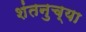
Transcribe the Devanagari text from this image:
शंतनुच्या